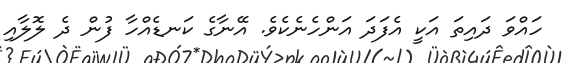
ހައްވަ ދައިތަ އަކީ އެފަދަ އަންހެނެކެވެ. އޭނާގެ ކަނޑެއްހާ ފުން ދެ ލޮލާއި